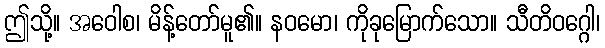
ဤသို့။ အဝေါစ၊ မိန့်တော်မူ၏။ နဝမော၊ ကိုခုမြောက်သော။ သီတိဝဂ္ဂေါ၊